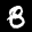
Label: 8